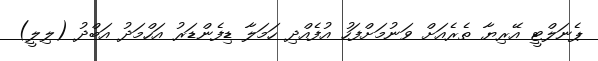
ޕެނަލްޓީ އޭރިޔާ ތެރެއަށް ވަނުމަށްފަހު އުފެއްދި ހަމަލާ ޑިފެންޑަރު އަހްމަދު އަބްދު (ލިލީ)